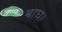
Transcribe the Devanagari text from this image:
बाघ।